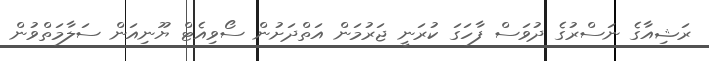
ރަޝިއާގެ ނަސްރުގެ ދުވަސް ފާހަގަ ކުރަނީ ޖަރުމަން އަތްދަށުން ސޯވިއެޓް ޔޫނިއަން ސަލާމަތްވުން